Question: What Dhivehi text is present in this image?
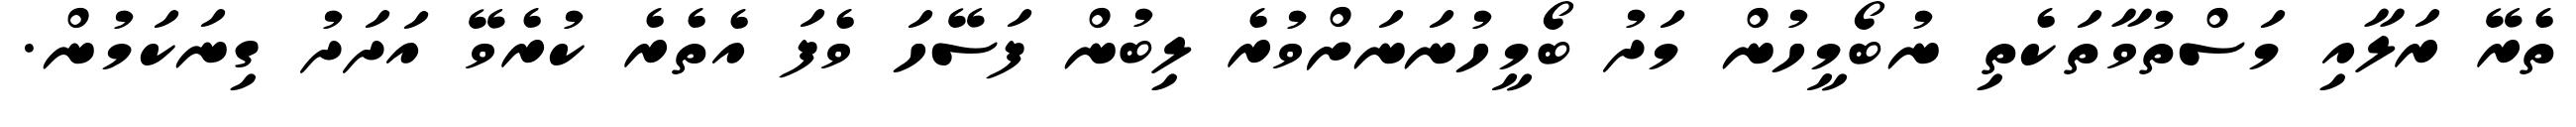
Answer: ތެރޭ ރަލާއި މަސްތުވާތަކެތި ނުބޯމީހުން މަދު ބޯމީހުނަނަށްވުރެ ލިބުން ފަސޭހަ ވެފަ އެތެރެ ކުރެވޭ އަދަދު ގިނަކަމުން.